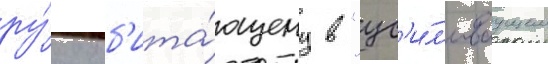
ру́ку об'ита́ющему в "ус'и́л'иваущем